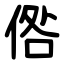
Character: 倃